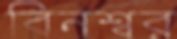
বিনশ্বর